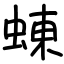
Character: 蝀